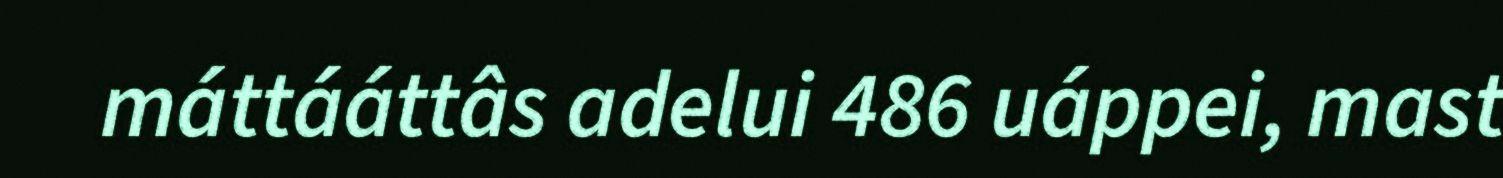
máttááttâs adelui 486 uáppei, mast